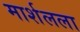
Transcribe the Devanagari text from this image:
मार्शलला